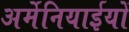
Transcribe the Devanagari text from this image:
अर्मेनियाईयों